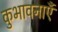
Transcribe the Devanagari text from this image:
कुभावनाएँ